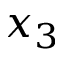
x _ { 3 }